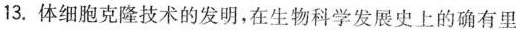
13.体细胞克隆技术的发明，在生物科学发展史上的确有里